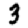
Digit: 3